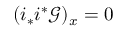
( i _ { * } i ^ { * } { \mathcal { G } } ) _ { x } = 0